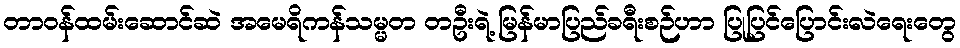
တာဝန်ထမ်းဆောင်ဆဲ အမေရိကန်သမ္မတ တဦးရဲ့ မြန်မာပြည်ခရီးစဉ်ဟာ ပြုပြင်ပြောင်းလဲရေးတွေ